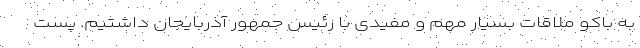
به باکو ملاقات بسیار مهم و مفیدی با رئیس جمهور آذربایجان داشتیم. پست